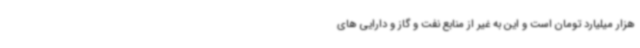
هزار میلیارد تومان است و این به غیر از منابع نفت و گاز و دارایی های